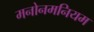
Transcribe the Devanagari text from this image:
मनोनमनियम